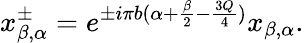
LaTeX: x_{\beta,\alpha}^{\pm}=e^{\pm i\pi b(\alpha+\frac{\beta}{2}-\frac{3Q}{4})}x_{\beta,\alpha}.